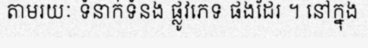
តាមរយៈ ទំនាក់ទំនង ផ្លូវភេទ ផងដែរ ។ នៅក្នុង